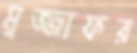
মুজ্জাফর